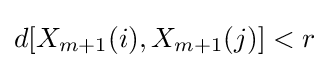
d[X_{m+1}(i),X_{m+1}(j)]<r